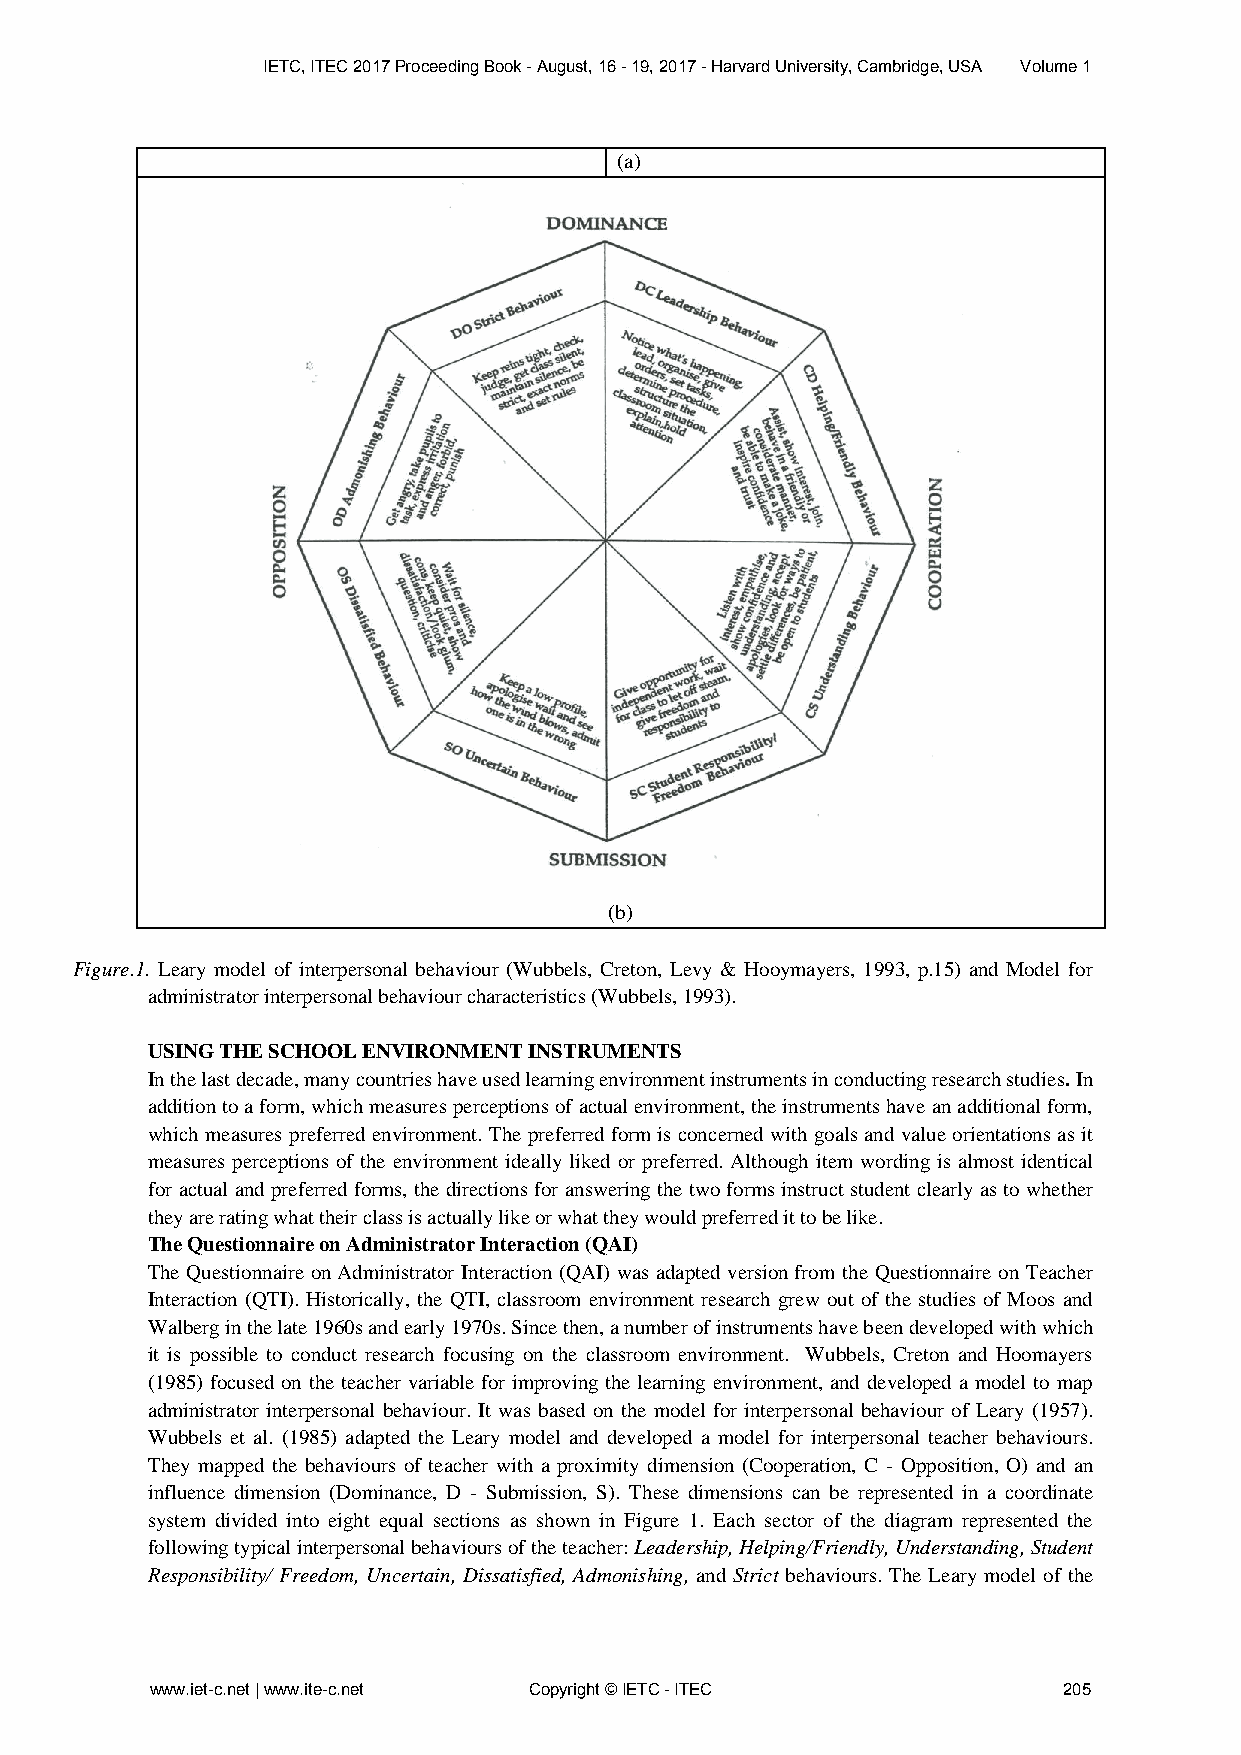
IETC, ITEC 2017 Proceeding Book - August, 16 - 19, 2017 - Harvard University, Cambridge, USA Volume 1
 (a)
 (b)
 Figure.1. Leary model of interpersonal behaviour (Wubbels, Creton, Levy & Hooymayers, 1993, p.15) and Model for
 administrator interpersonal behaviour characteristics (Wubbels, 1993).
 USING THE SCHOOL ENVIRONMENT INSTRUMENTS
 In the last decade, many countries have used learning environment instruments in conducting research studies. In
 addition to a form, which measures perceptions of actual environment, the instruments have an additional form,
 which measures preferred environment. The preferred form is concerned with goals and value orientations as it
 measures perceptions of the environment ideally liked or preferred. Although item wording is almost identical
 for actual and preferred forms, the directions for answering the two forms instruct student clearly as to whether
 they are rating what their class is actually like or what they would preferred it to be like.
 The Questionnaire on Administrator Interaction (QAI)
 The Questionnaire on Administrator Interaction (QAI) was adapted version from the Questionnaire on Teacher
 Interaction (QTI). Historically, the QTI, classroom environment research grew out of the studies of Moos and
 Walberg in the late 1960s and early 1970s. Since then, a number of instruments have been developed with which
 it is possible to conduct research focusing on the classroom environment. Wubbels, Creton and Hoomayers
 (1985) focused on the teacher variable for improving the learning environment, and developed a model to map
 administrator interpersonal behaviour. It was based on the model for interpersonal behaviour of Leary (1957).
 Wubbels et al. (1985) adapted the Leary model and developed a model for interpersonal teacher behaviours.
 They mapped the behaviours of teacher with a proximity dimension (Cooperation, C - Opposition, O) and an
 influence dimension (Dominance, D - Submission, S). These dimensions can be represented in a coordinate
 system divided into eight equal sections as shown in Figure 1. Each sector of the diagram represented the
 following typical interpersonal behaviours of the teacher: Leadership, Helping/Friendly, Understanding, Student
 Responsibility/ Freedom, Uncertain, Dissatisfied, Admonishing, and Strict behaviours. The Leary model of the
 www.iet-c.net | www.ite-c.net Copyright © IETC - ITEC       205